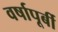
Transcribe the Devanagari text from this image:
वर्षापूर्बी